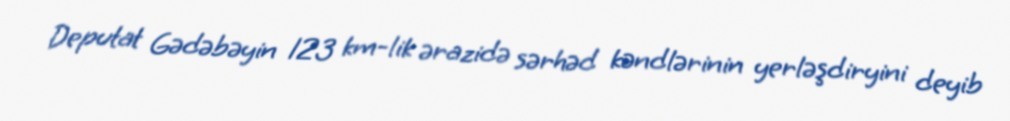
Deputat Gədəbəyin 123 km-lik ərazidə sərhəd kəndlərinin yerləşdiryini deyib